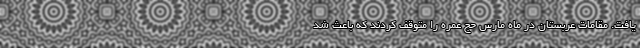
یافت. مقامات عربستان در ماه مارس حج عمره را متوقف کردند که باعث شد